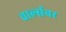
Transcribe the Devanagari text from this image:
चार्ल्सवर